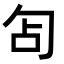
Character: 𭅇